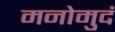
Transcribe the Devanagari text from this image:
मनोमुदं